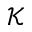
\mathcal { K }